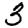
Digit: 3